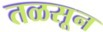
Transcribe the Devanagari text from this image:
तळसून